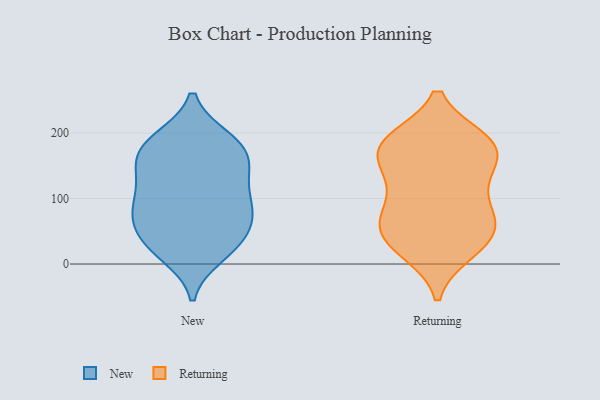
{"axis": {"x": "Waste Production (Tons)", "y": "Value"}, "legend": ["New", "Returning"], "data": [{"x": "", "y": 87, "type": "New"}, {"x": "", "y": 71, "type": "New"}, {"x": "", "y": 129, "type": "New"}, {"x": "", "y": 31, "type": "New"}, {"x": "", "y": 94, "type": "New"}, {"x": "", "y": 20, "type": "New"}, {"x": "", "y": 145, "type": "New"}, {"x": "", "y": 168, "type": "New"}, {"x": "", "y": 174, "type": "New"}, {"x": "", "y": 44, "type": "New"}, {"x": "", "y": 188, "type": "New"}, {"x": "", "y": 187, "type": "New"}, {"x": "", "y": 191, "type": "New"}, {"x": "", "y": 72, "type": "New"}, {"x": "", "y": 78, "type": "New"}, {"x": "", "y": 135, "type": "New"}, {"x": "", "y": 14, "type": "New"}, {"x": "", "y": 153, "type": "New"}, {"x": "", "y": 98, "type": "New"}, {"x": "", "y": 37, "type": "New"}, {"x": "", "y": 188, "type": "Returning"}, {"x": "", "y": 25, "type": "Returning"}, {"x": "", "y": 74, "type": "Returning"}, {"x": "", "y": 62, "type": "Returning"}, {"x": "", "y": 19, "type": "Returning"}, {"x": "", "y": 139, "type": "Returning"}, {"x": "", "y": 189, "type": "Returning"}, {"x": "", "y": 182, "type": "Returning"}, {"x": "", "y": 53, "type": "Returning"}, {"x": "", "y": 175, "type": "Returning"}, {"x": "", "y": 74, "type": "Returning"}, {"x": "", "y": 81, "type": "Returning"}, {"x": "", "y": 187, "type": "Returning"}, {"x": "", "y": 25, "type": "Returning"}, {"x": "", "y": 152, "type": "Returning"}, {"x": "", "y": 134, "type": "Returning"}, {"x": "", "y": 48, "type": "Returning"}, {"x": "", "y": 120, "type": "Returning"}, {"x": "", "y": 184, "type": "Returning"}]}